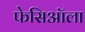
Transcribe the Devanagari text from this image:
फेसिऑला